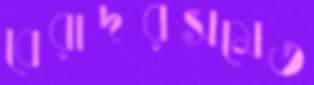
বেরাদরসমেত